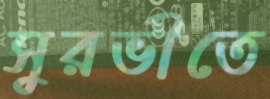
সুরভীতে